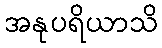
အနုပရိယာသိ